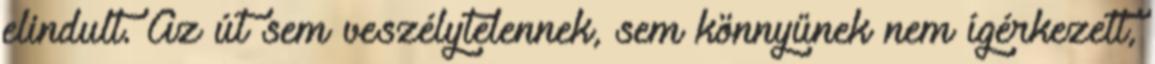
elindult. Az út sem veszélytelennek, sem könnyűnek nem ígérkezett,